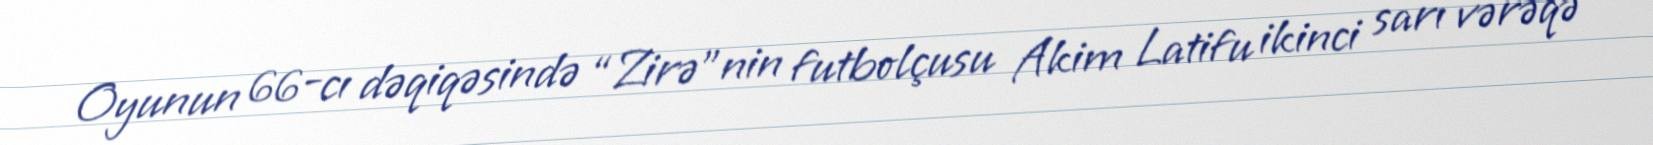
Oyunun 66-cı dəqiqəsində “Zirə”nin futbolçusu Akim Latifu ikinci sarı vərəqə